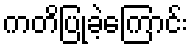
ကတိပြုခဲ့ကြောင်း